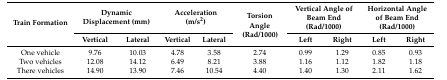
<table><thead><tr><td rowspan="2"><b>Train Formation</b></td><td colspan="2"><b>Dynamic Displacement (mm)</b></td><td colspan="2"><b>Acceleration (m/s<sup>2</sup>)</b></td><td rowspan="2"><b>Torsion Angle (Rad/1000)</b></td><td colspan="2"><b>Vertical Angle of Beam End (Rad/1000)</b></td><td colspan="2"><b>Horizontal Angle of Beam End (Rad/1000)</b></td></tr><tr><td><b>Vertical</b></td><td><b>Lateral</b></td><td><b>Vertical</b></td><td><b>Lateral</b></td><td><b>Left</b></td><td><b>Right</b></td><td><b>Left</b></td><td><b>Right</b></td></tr></thead><tbody><tr><td>One vehicle</td><td>9.76</td><td>10.03</td><td>4.78</td><td>3.58</td><td>2.74</td><td>0.99</td><td>1.29</td><td>0.85</td><td>0.93</td></tr><tr><td>Two vehicles</td><td>12.08</td><td>14.12</td><td>6.49</td><td>8.21</td><td>3.88</td><td>1.16</td><td>1.12</td><td>1.82</td><td>1.18</td></tr><tr><td>There vehicles</td><td>14.90</td><td>13.90</td><td>7.46</td><td>10.54</td><td>4.40</td><td>1.40</td><td>1.30</td><td>2.11</td><td>1.62</td></tr></tbody></table>